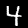
Digit: 4